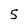
Character: 5